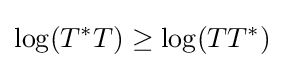
\log(T^{*}T)\geq \log(TT^{*})